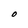
Character: O